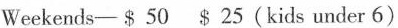
Weekends—— $ 50 25(kids under 6)